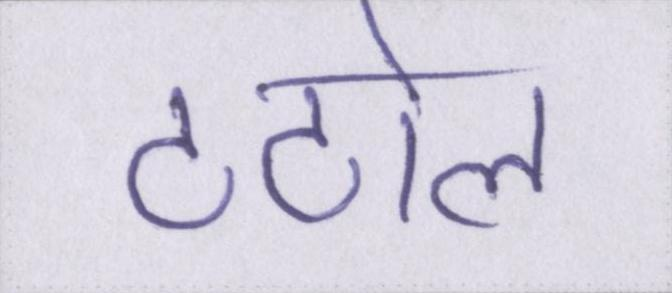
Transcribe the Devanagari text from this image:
टटोल